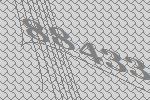
88433